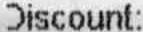
DISCOUNT: